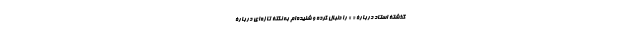
گذشتۀ استاد دربارۀ « » را دنبال کرده و شنیده‌ام به نکتۀ تازه‌ای دربارۀ